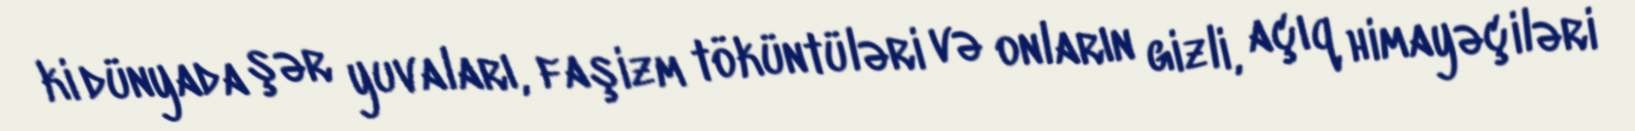
ki dünyada şər yuvaları, faşizm töküntüləri və onların gizli, açıq himayəçiləri